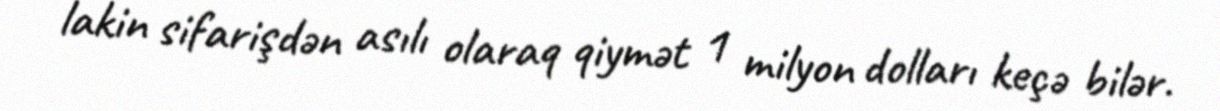
lakin sifarişdən asılı olaraq qiymət 1 milyon dolları keçə bilər.